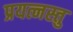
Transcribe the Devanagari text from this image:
प्रयत्नस्तु